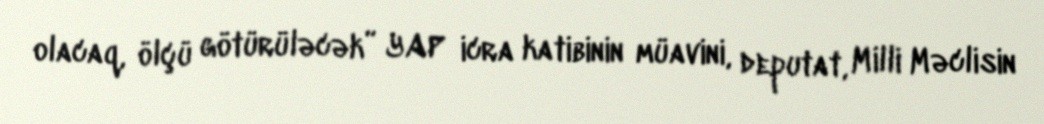
olacaq, ölçü götürüləcək” YAP icra katibinin müavini, deputat, Milli Məclisin